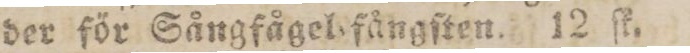
der för Sångfågel fångſten. 12 ſk.